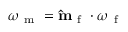
\omega _ { \mathrm { ~ m ~ } } = \mathbf { \hat { m } } _ { \mathrm { ~ f ~ } } \cdot \boldsymbol { \omega } _ { \mathrm { ~ f ~ } }